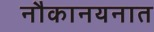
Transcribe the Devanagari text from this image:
नौकानयनात